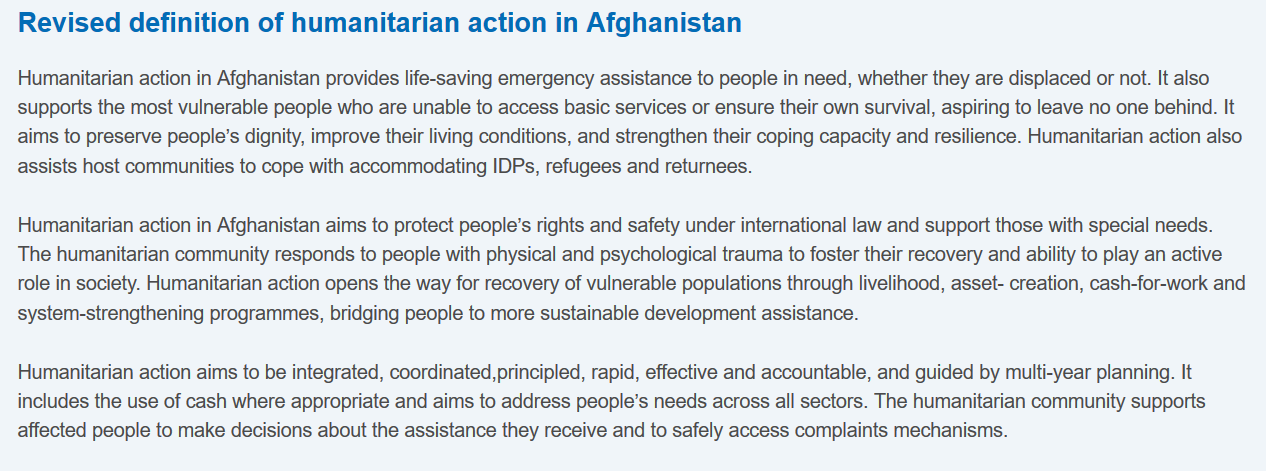
Revised    definition   of  humanitarian    action   in Afghanistan
  Humanitarian action in Afghanistan provides life-saving emergency assistance to people in need, whether they are displaced or not. It also
  supports the most vulnerable people who are unable to access basic services or ensure their own survival, aspiring to leave no one behind. It
  aims to preserve people’s dignity, improve their living conditions, and strengthen their coping capacity and resilience. Humanitarian action also
  assists host communities to cope with accommodating IDPs, refugees and returnees.
  Humanitarian action in Afghanistan aims to protect people’s rights and safety under international law and support those with special needs.
  The humanitarian community responds to people with physical and psychological trauma to foster their recovery and ability to play an active
  role in society. Humanitarian action opens the way for recovery of vulnerable populations through livelihood, asset- creation, cash-for-work and
  system-strengthening programmes, bridging people to more sustainable development assistance.
  Humanitarian action aims to be integrated, coordinated, principled, rapid, effective and accountable, and guided by multi-year planning. It
  includes the use of cash where appropriate and aims to address people’s needs across all sectors. The humanitarian community supports
  affected people to make decisions about the assistance they receive and to safely access complaints mechanisms.